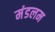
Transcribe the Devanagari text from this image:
मंडलम